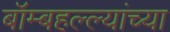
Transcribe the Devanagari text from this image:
बॉम्बहल्ल्यांच्या